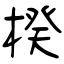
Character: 楑